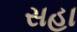
સહા